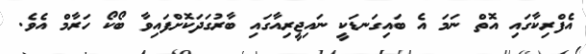
އެފްރިކާގައި އޮތް ނަމަ އެ ބައިގަނޑަކީ ނައިޖީރިއާގައި ބާރުގަދަކޮށްފައިވާ ބޯކޯ ހަރާމް އެވެ.